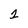
Character: 1